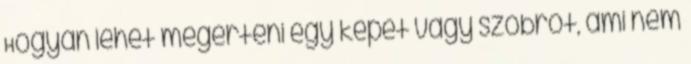
Hogyan lehet megérteni egy képet vagy szobrot, ami nem